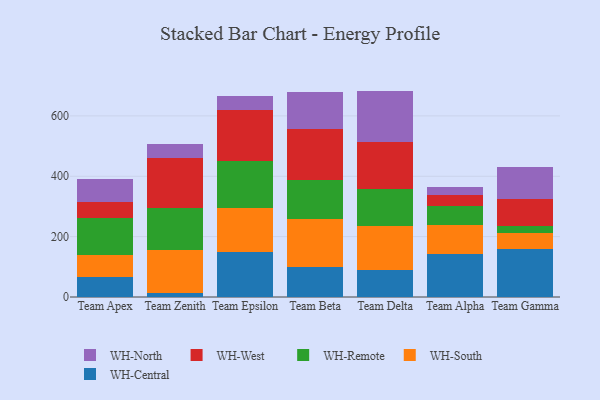
{"axis": {"x": "Team", "y": "Humidity (%)"}, "legend": ["WH-Central", "WH-North", "WH-Remote", "WH-South", "WH-West"], "data": [{"x": "Team Apex", "y": 67.3, "type": "WH-Central"}, {"x": "Team Apex", "y": 73.1, "type": "WH-South"}, {"x": "Team Apex", "y": 123.0, "type": "WH-Remote"}, {"x": "Team Apex", "y": 50.6, "type": "WH-West"}, {"x": "Team Apex", "y": 76.5, "type": "WH-North"}, {"x": "Team Zenith", "y": 14.6, "type": "WH-Central"}, {"x": "Team Zenith", "y": 139.6, "type": "WH-South"}, {"x": "Team Zenith", "y": 140.4, "type": "WH-Remote"}, {"x": "Team Zenith", "y": 164.7, "type": "WH-West"}, {"x": "Team Zenith", "y": 46.8, "type": "WH-North"}, {"x": "Team Epsilon", "y": 148.8, "type": "WH-Central"}, {"x": "Team Epsilon", "y": 145.4, "type": "WH-South"}, {"x": "Team Epsilon", "y": 156.6, "type": "WH-Remote"}, {"x": "Team Epsilon", "y": 169.0, "type": "WH-West"}, {"x": "Team Epsilon", "y": 46.6, "type": "WH-North"}, {"x": "Team Beta", "y": 100.4, "type": "WH-Central"}, {"x": "Team Beta", "y": 157.7, "type": "WH-South"}, {"x": "Team Beta", "y": 130.6, "type": "WH-Remote"}, {"x": "Team Beta", "y": 168.4, "type": "WH-West"}, {"x": "Team Beta", "y": 120.5, "type": "WH-North"}, {"x": "Team Delta", "y": 88.5, "type": "WH-Central"}, {"x": "Team Delta", "y": 146.1, "type": "WH-South"}, {"x": "Team Delta", "y": 121.7, "type": "WH-Remote"}, {"x": "Team Delta", "y": 158.5, "type": "WH-West"}, {"x": "Team Delta", "y": 168.2, "type": "WH-North"}, {"x": "Team Alpha", "y": 142.7, "type": "WH-Central"}, {"x": "Team Alpha", "y": 94.3, "type": "WH-South"}, {"x": "Team Alpha", "y": 63.2, "type": "WH-Remote"}, {"x": "Team Alpha", "y": 37.5, "type": "WH-West"}, {"x": "Team Alpha", "y": 26.4, "type": "WH-North"}, {"x": "Team Gamma", "y": 159.0, "type": "WH-Central"}, {"x": "Team Gamma", "y": 54.1, "type": "WH-South"}, {"x": "Team Gamma", "y": 22.6, "type": "WH-Remote"}, {"x": "Team Gamma", "y": 90.5, "type": "WH-West"}, {"x": "Team Gamma", "y": 102.9, "type": "WH-North"}]}